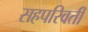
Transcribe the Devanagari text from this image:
सहपरिवर्ती